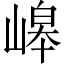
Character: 㟸